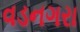
વડનગરા